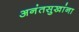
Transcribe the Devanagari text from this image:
अनंतसुखांना